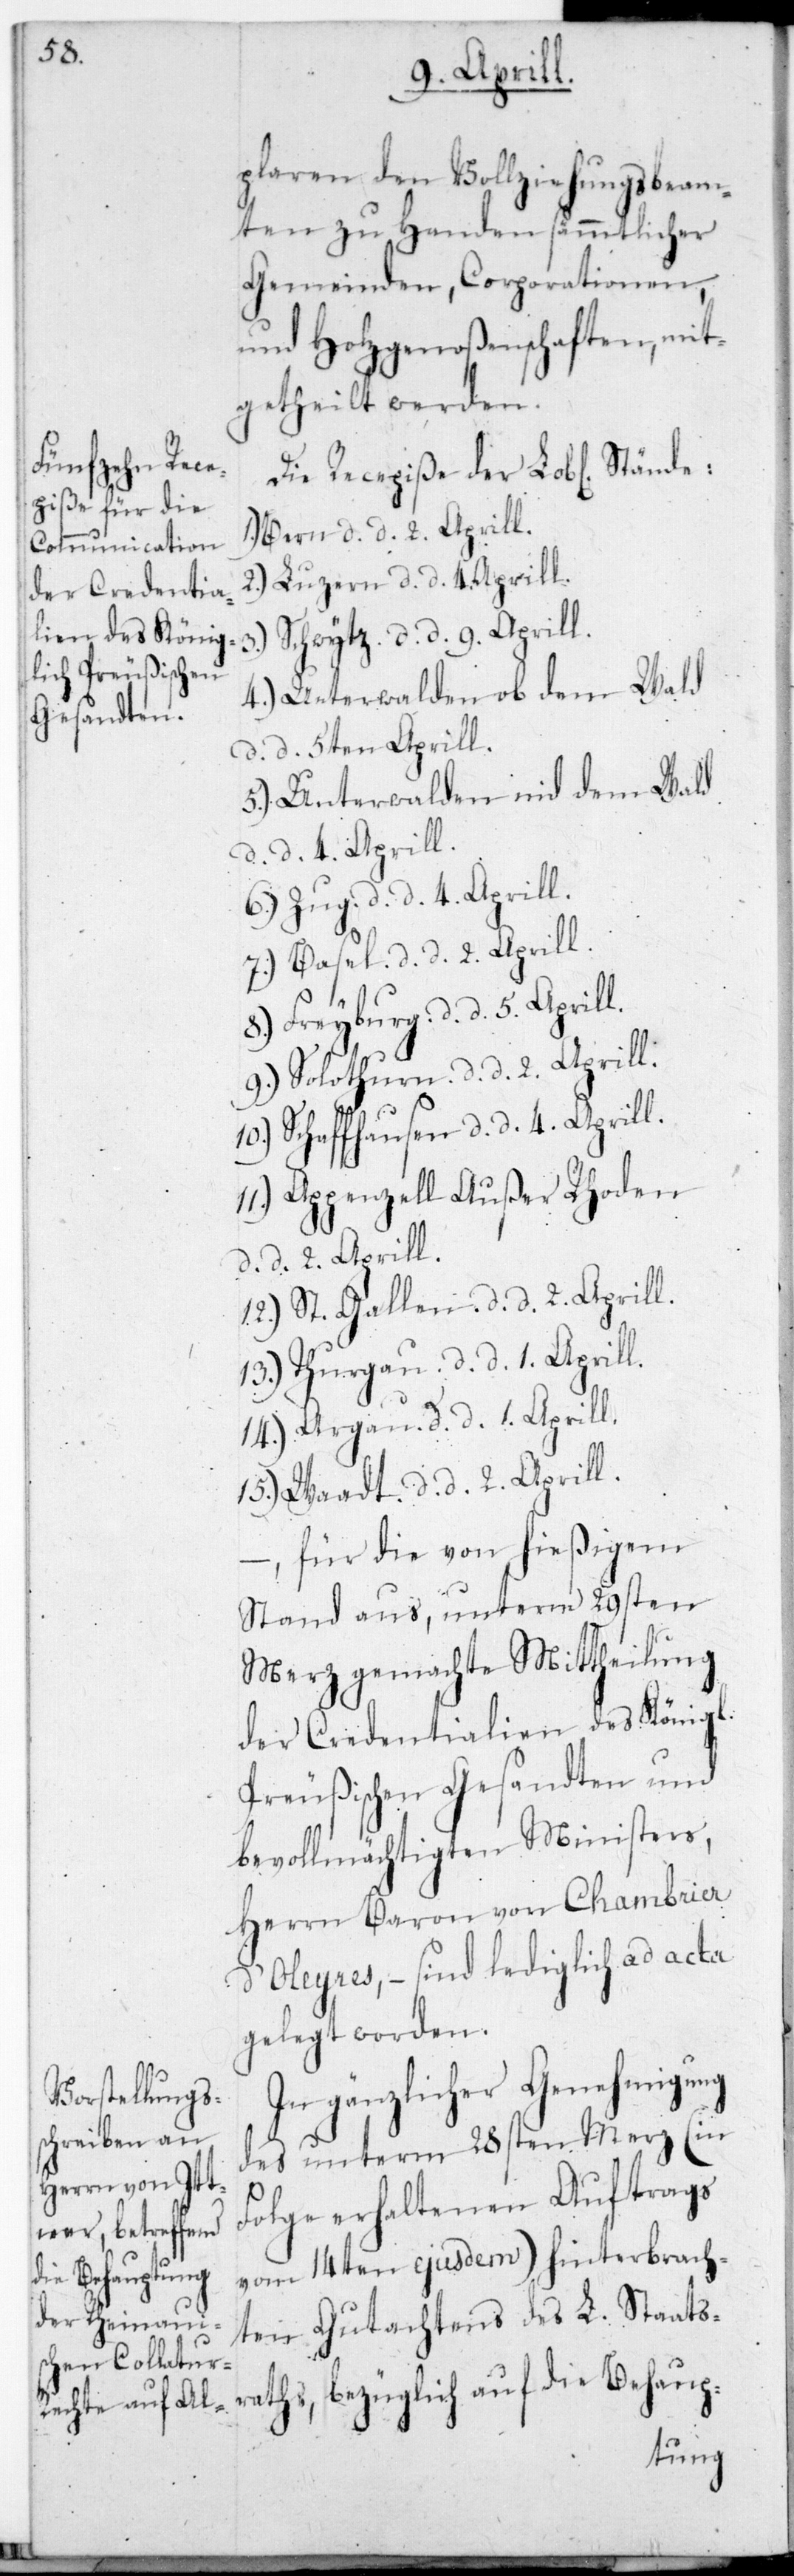
plaren den Vollziehungsbeam¬
ten zu Handen sämmtlicher
Gemeinden, Corporationen
und Holzgenoßenschaften mit¬
getheilt werden.
Die Recepiße der L. Stände:
Bern, d. d. 2. Aprill.
2.) Luzern, d. d. 4. Aprill.
l.-P¬
4.) Unterwalden ob dem
5.) Unterwalden nid dem Wald,
d. d. 4. Aprill.
6.) Zug, d. d. 4. Aprill.
7.) Basel, d. d. 2. Aprill.
8.) Freyburg, d. d. 5. Aprill.
9.) Solothurn, d. d. 2. Aprill.
Schaffhausen, d. d. 4. Aprill.
11.) Appenzell Außer Rhoden,
d. d. 2. Aprill.
12.) St. Gallen, d. d. 2. Aprill.
13.) Thurgau, d. d. 1. Aprill.
14.) Argau, d. d. 1. Aprill.
15.) Waadt, d. d. 2. Aprill.
-, für die von hießigem
Stand aus, unterm 29sten
Merz gemachte Mittheilung
der Credentialien des König¬
reußischen Gesandten und
bevollmächtigten Ministers,
Herrn Baron von Chambrier
d’Oleyres, – sind lediglich ad acta
gelegt worden.
In gänzlicher Genehmigung
des unterm 28sten Merz (in
Folge erhaltenen Auftrags
vom 14ten ejusdem) hinterbrach¬
ten Gutachtens des L. Staats¬
raths, bezüglich auf die Behaup-